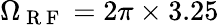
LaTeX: \Omega_{\mathrm{~R~F~}}=2\pi\times 3.25